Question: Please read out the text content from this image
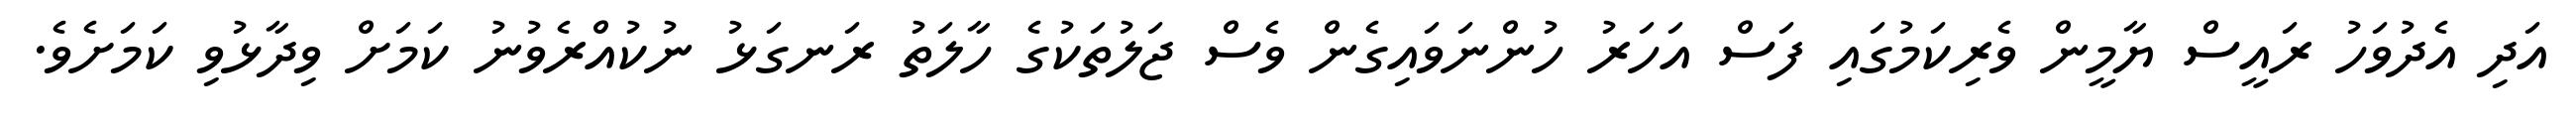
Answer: އަދި އެދުވަހު ރައީސް ޔާމީން ވެރިކަމުގައި ފަސް އަހަރު ހުންނަވައިގެން ވެސް ޖަލުތަކުގެ ހާލަތު ރަނގަޅު ނުކުއްރެވުނު ކަމަށް ވިދާޅުވި ކަމަށެވެ.